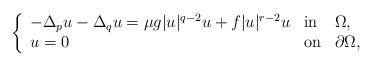
LaTeX: \begin{align*}\left\{\begin{array}[c]{lll}-\Delta_pu-\Delta_qu =\mu g|u|^{q-2}u+f|u|^{r-2}u & \mathrm{in} & \Omega,\\u=0 & \mathrm{on} & \partial\Omega,\end{array}\right. \end{align*}